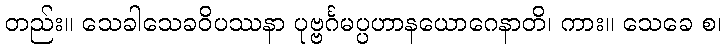
တည်း။ သေခါသေခဝိပဿနာ ပုဗ္ဗင်္ဂမပ္ပဟာနယောဂေနာတိ၊ ကား။ သေခေ စ၊